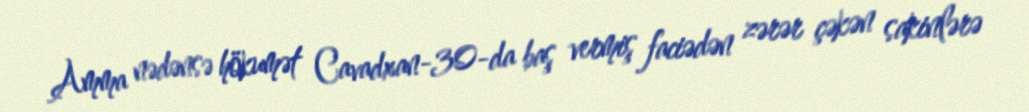
Amma nədənsə hökumət Cavadxan-30-da baş vermiş faciədən zərər çəkən sakinlərə